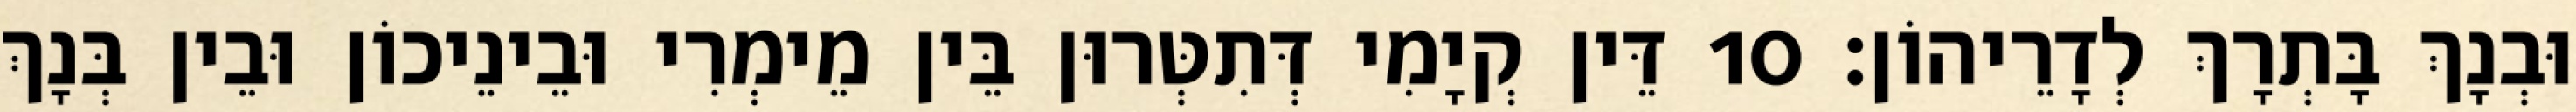
וּבְנָךְ בָּתְרָךְ לְדָרֵיהוֹן׃ 10 דֵּין קְיָמִי דְּתִטְּרוּן בֵּין מֵימְרִי וּבֵינֵיכוֹן וּבֵין בְּנָךְ